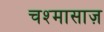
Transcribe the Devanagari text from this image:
चश्मासाज़